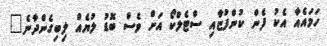
ހަމައެއާ އެކު ފެން ކުންފުޏާއި ސްޓެލްކޯ އަށް ވެސް ބޮޑު ލުޔެއް ލިބިގެންދާނެ"